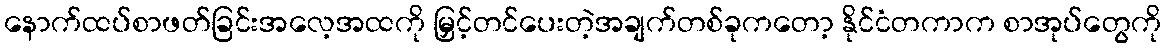
နောက်ထပ်စာဖတ်ခြင်းအလေ့အထကို မြှင့်တင်ပေးတဲ့အချက်တစ်ခုကတော့ နိုင်ငံတကာက စာအုပ်တွေကို